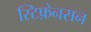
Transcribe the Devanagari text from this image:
स्टिफ़ेनसन